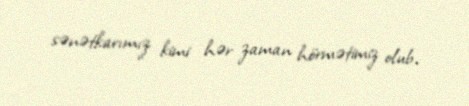
sənətkarımız kimi hər zaman hörmətimiz olub.